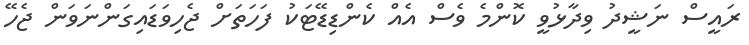
ރައީސް ނަޝީދު ވިދާޅުވީ ކޮންމެ ވެސް އެއް ކެންޑިޑޭޓަކު ފަހަތަށް ޖެހިވަޑައިގަންނަވަން ޖެހޭ